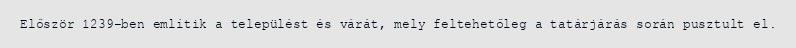
Először 1239-ben említik a települést és várát, mely feltehetőleg a tatárjárás során pusztult el.